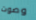
وصوت